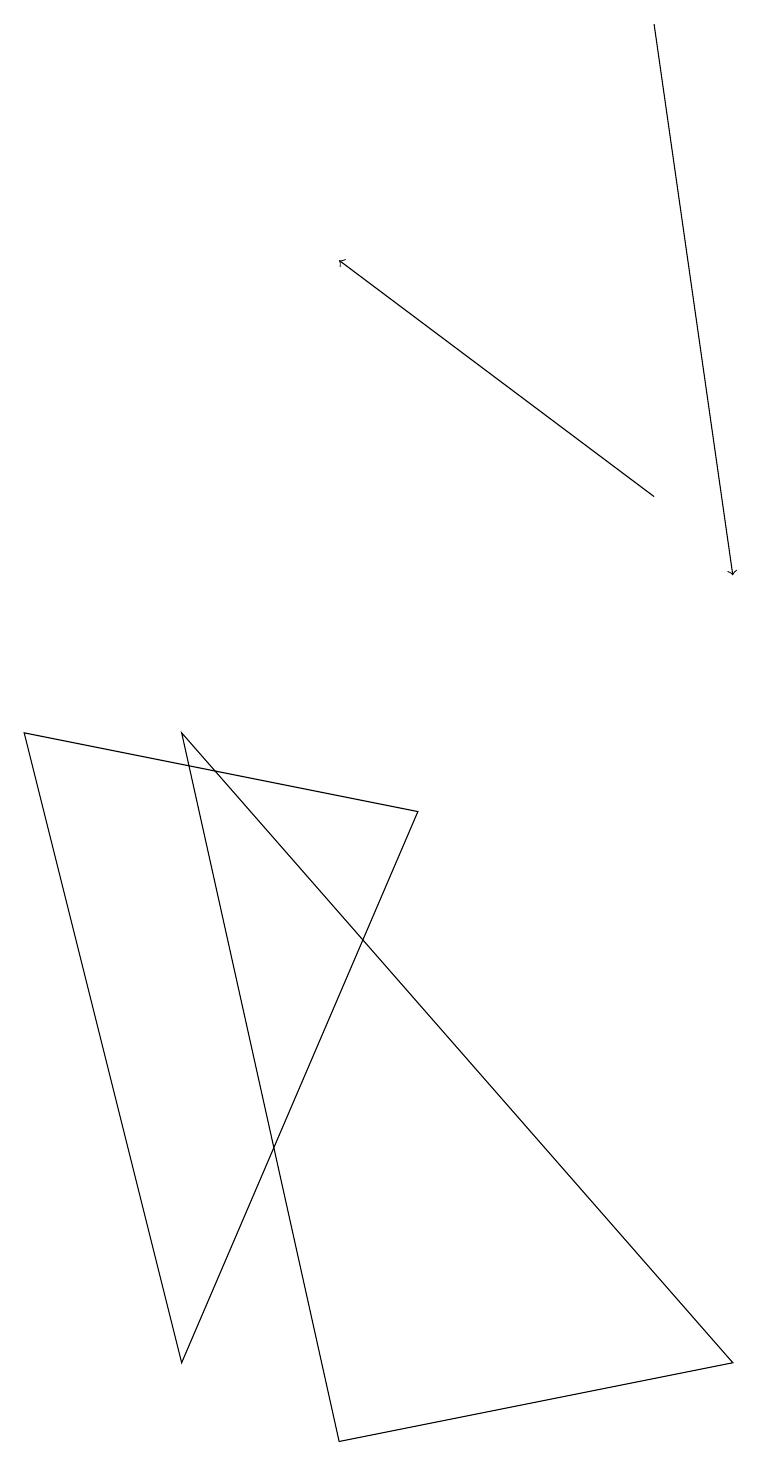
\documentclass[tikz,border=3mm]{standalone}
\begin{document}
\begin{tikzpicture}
\draw[->] (8,12) -- (4,15);
\draw (0,9) -- (2,1) -- (5,8) -- cycle;
\draw (2,9) -- (9,1) -- (4,0) -- cycle;
\draw[->] (8,18) -- (9,11);
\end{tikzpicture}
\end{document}